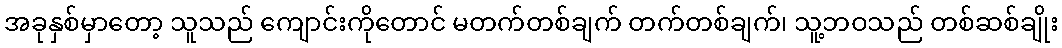
အခုနှစ်မှာတော့ သူသည် ကျောင်းကိုတောင် မတက်တစ်ချက် တက်တစ်ချက်၊ သူ့ဘဝသည် တစ်ဆစ်ချိုး